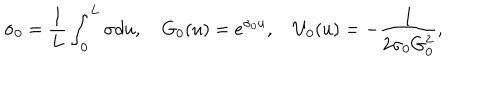
LaTeX: \sigma _ { 0 } = \frac { 1 } { L } \int _ { 0 } ^ { L } \sigma d u , \quad G _ { 0 } ( u ) = e ^ { \sigma _ { 0 } u } , \quad U _ { 0 } ( u ) = - \frac { 1 } { 2 \sigma _ { 0 } G _ { 0 } ^ { 2 } } ,